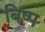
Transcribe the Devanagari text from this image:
बिष्प